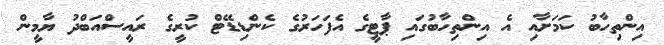
އިންތިހާބު ކަމަށާއި އެ އިންތިހާބުގައި ޕާޓީގެ އެފަހަރުގެ ކެންޑިޑޭޓް ކުރީގެ ރައީސްއަބްދު ޔާމީން